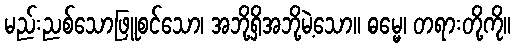
မည်းညစ်သောဖြူစင်သော၊ အဘို့ရှိအဘို့မဲ့သော။ ဓမ္မေ၊ တရားတို့ကို။